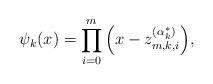
LaTeX: \begin{align*}{\psi _k}(x) = \prod\limits_{i = 0}^m {\left( {x - z_{m,k,i}^{(\alpha _k^*)}} \right)},\end{align*}